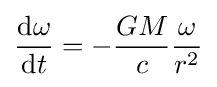
{\frac {\mathrm {d} \omega }{\mathrm {d} t}}=-{\frac {GM}{c}}{\frac {\omega }{r^{2}}}